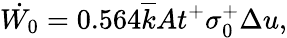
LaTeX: \dot{W_{0}}=0.564\overline{{k}}At^{+}\sigma_{0}^{+}\Delta u,